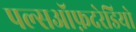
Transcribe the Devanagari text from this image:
पल्सऑफ़दरेडियो